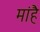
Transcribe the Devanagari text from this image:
मांहै